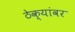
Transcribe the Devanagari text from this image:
ठेक्यांवर